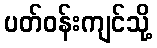
ပတ်ဝန်းကျင်သို့